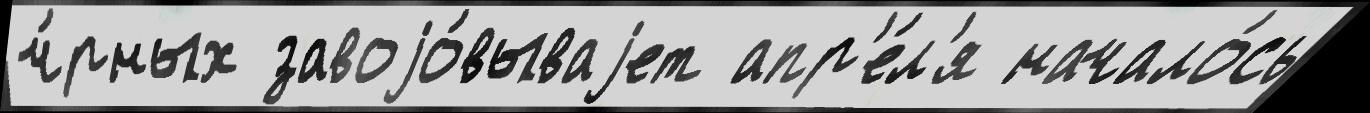
ч́рных завоjо́вываjет апр'е́л'я начало́сь